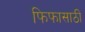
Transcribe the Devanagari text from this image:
फिफासाठी